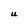
Character: U